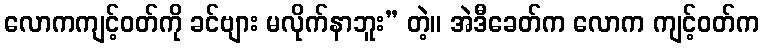
လောကကျင့်ဝတ်ကို ခင်ဗျား မလိုက်နာဘူး” တဲ့။ အဲဒီခေတ်က လောက ကျင့်ဝတ်က